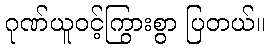
ဂုဏ်ယူဝင့်ကြွားစွာ ပြတယ်။